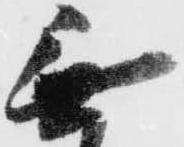
無